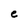
Character: e